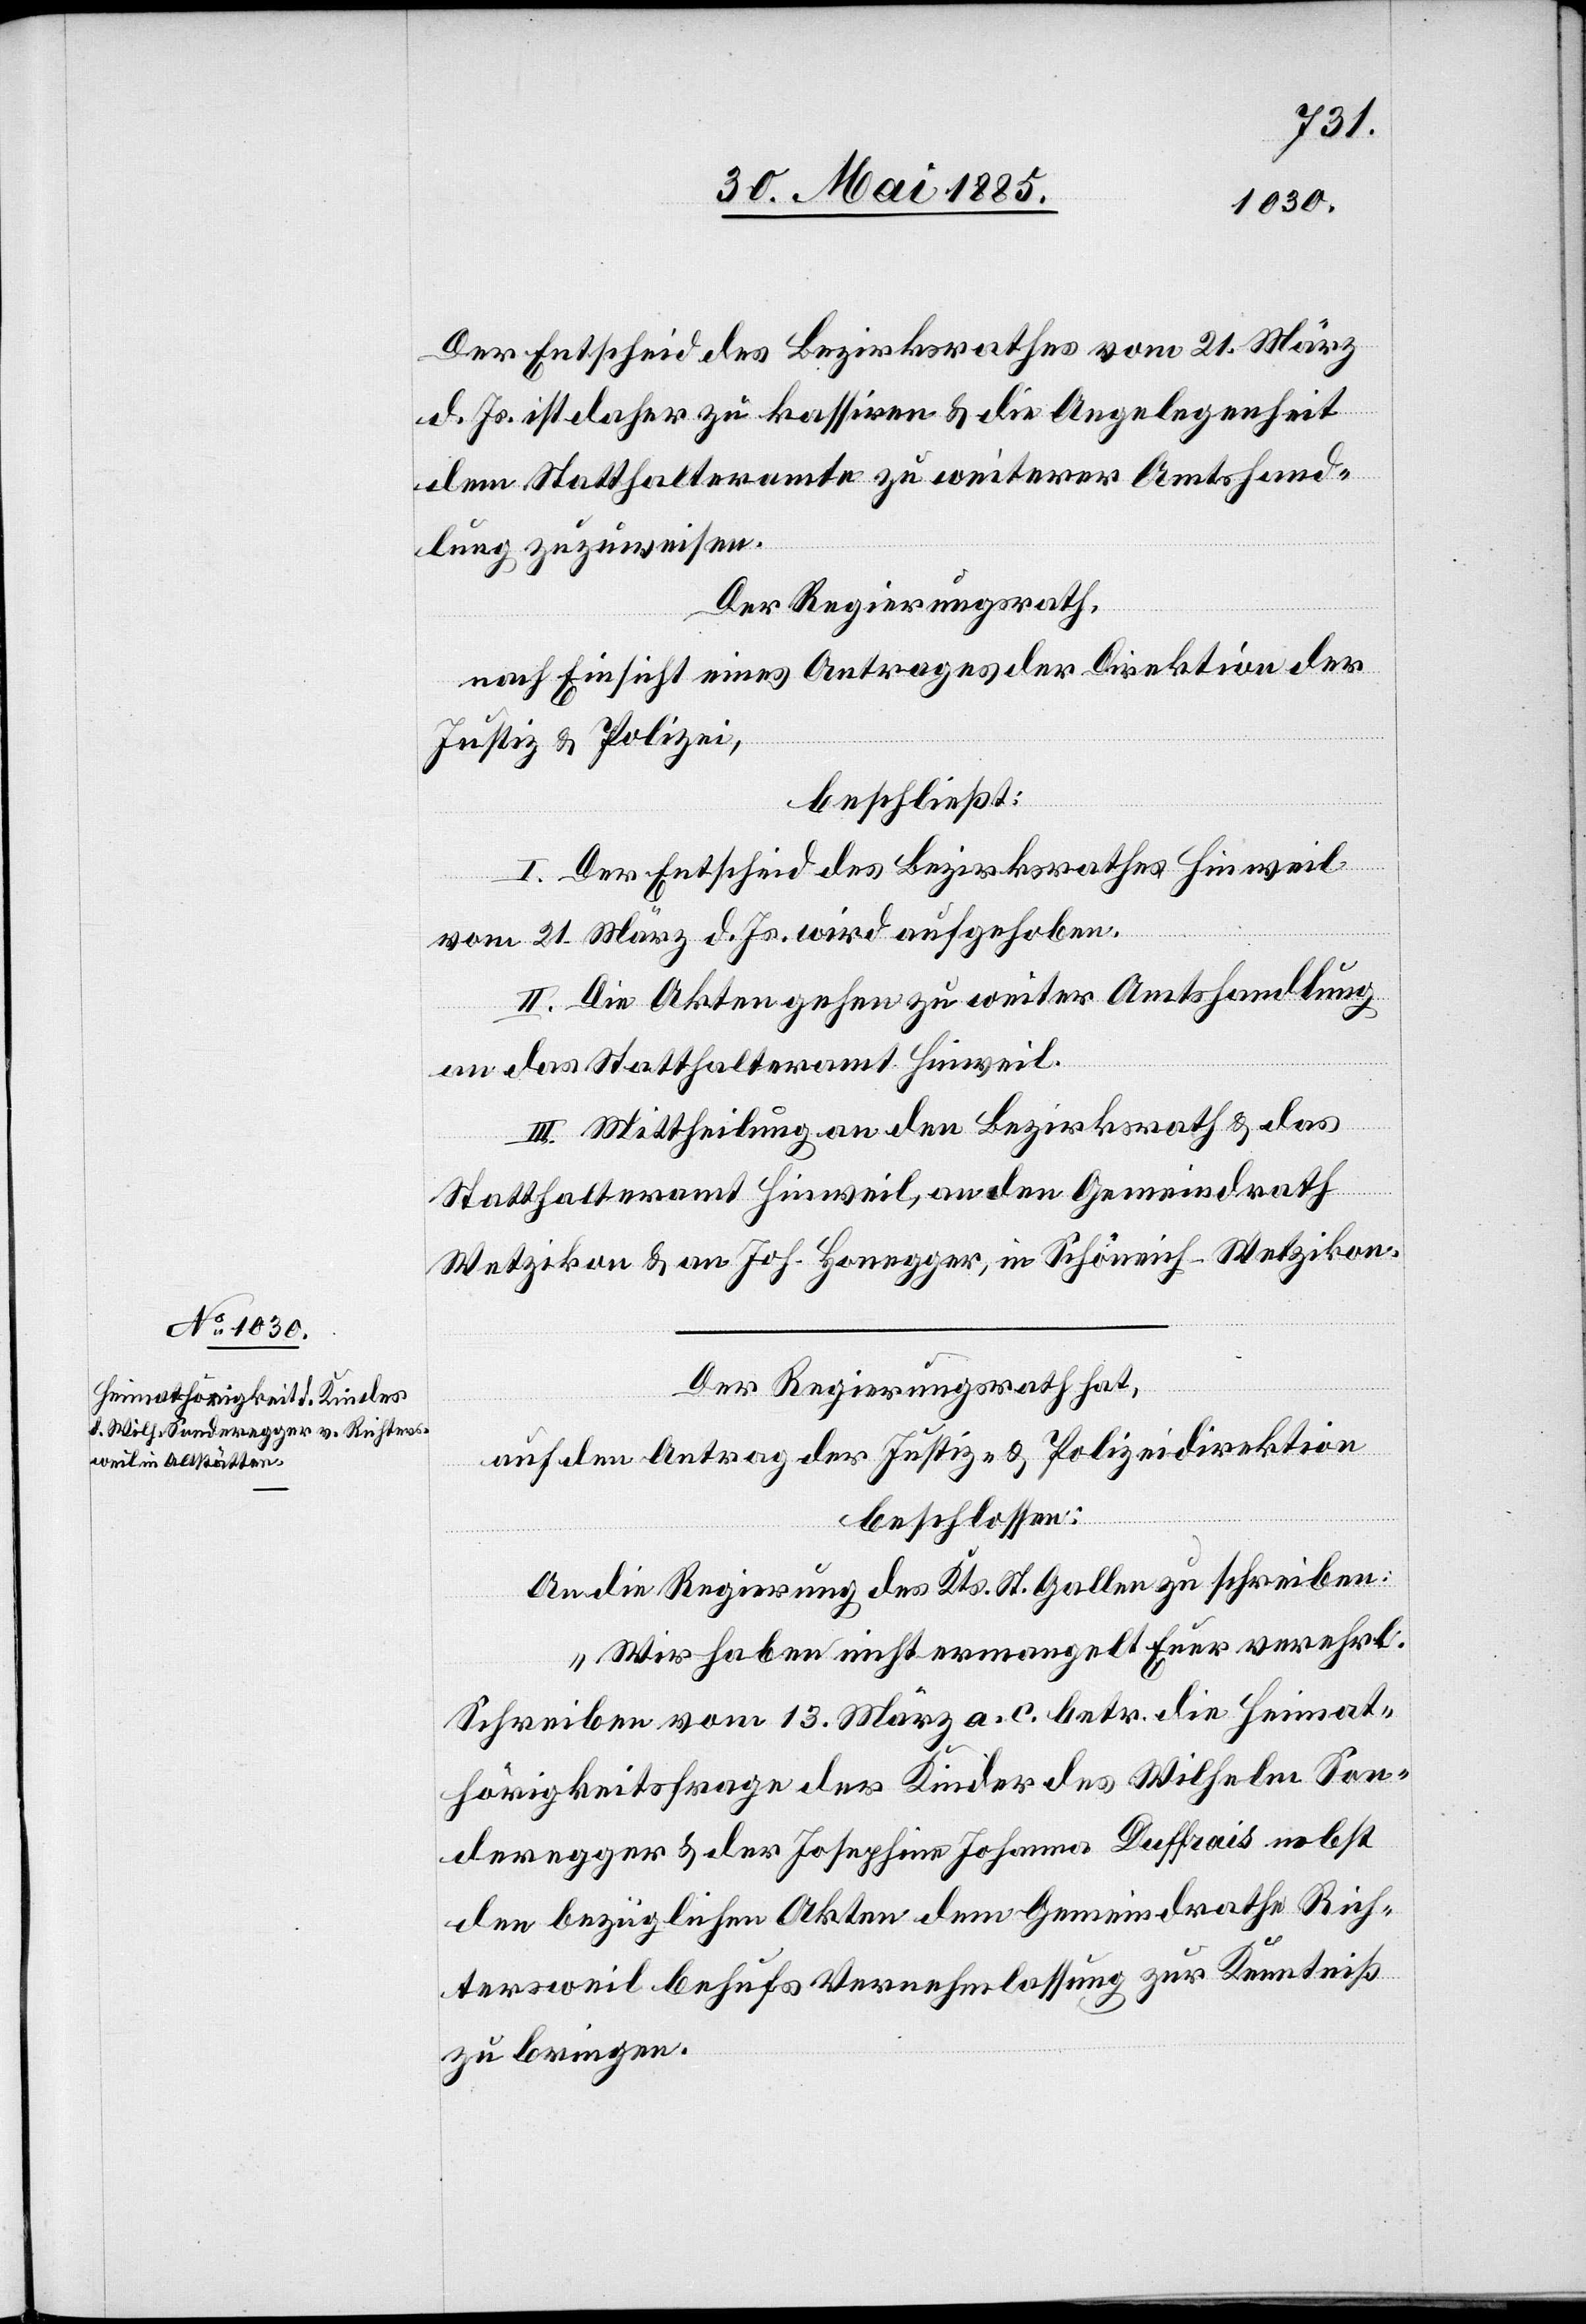
Der Entscheid des Bezirksrathes vom 21. März
d. Js. ist daher zu kassiren & die Angelegenheit
dem Statthalteramte zu weiterer Amtshand¬
lung zuzuweisen.
Der Regierungsrath,
nach Einsicht eines Antrages der Direktion der
Justiz & Polizei,
beschließt:
I. Der Entscheid des Bezirksrathes Hinweil
vom 21. März d. Js. wird aufgehoben.
II. Die Akten gehen zu weiter[er] Amtshandlung
an das Statthalteramt Hinweil.
III. Mittheilung an den Bezirksrath & das
Statthalteramt Hinweil, an den Gemeindrath
Wetzikon & an Joh. Honegger, in Schöneich - Wetzikon.
Der Regierungsrath hat,
auf den Antrag der Justiz- & Polizeidirektion
beschlossen:
An die Regierung des Kts. St. Gallen zu schreiben:
„Wir haben nicht ermangelt Euer verehrl.
Schreiben vom 13. März a. c. betr. die Heimat¬
hörigkeitsfrage der Kinder des Wilhelm Son¬
deregger & der Josephine Johanna Duffrais nebst
den bezüglichen Akten dem Gemeindrathe Rich¬
tersweil behufs Vernehmlassung zur Kenntnis
zu bringen.